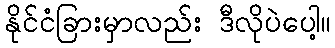
နိုင်ငံခြားမှာလည်း ဒီလိုပဲပေါ့။